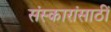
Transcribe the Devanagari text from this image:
संस्कारांसाठीं